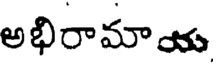
అభిరామాయ